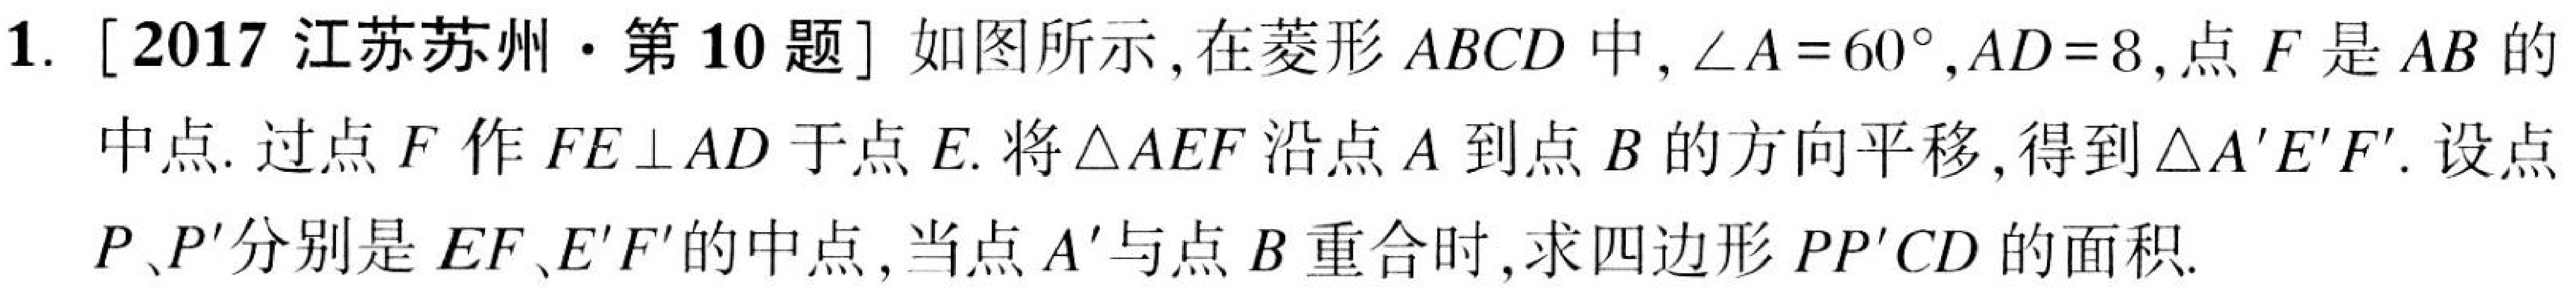
1. [2017 江苏苏州·第 10 题] 如图所示，在菱形 \(ABCD\) 中，\(\angle A = 60^{\circ}\)，\(AD = 8\)，点 \(F\) 是 \(AB\) 的
中点. 过点 \(F\) 作 \(FE\perp AD\) 于点 \(E\). 将\(\triangle AEF\) 沿点 \(A\) 到点 \(B\) 的方向平移，得到\(\triangle A'E'F'\). 设点
\(P、P'\)分别是 \(EF、E'F'\)的中点，当点 \(A'\)与点 \(B\) 重合时，求四边形 \(PP'CD\) 的面积.